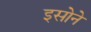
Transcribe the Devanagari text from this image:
इसोने